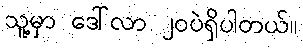
သူ့မှာ ဒေါ်လာ ၂၀ပဲရှိပါတယ်။